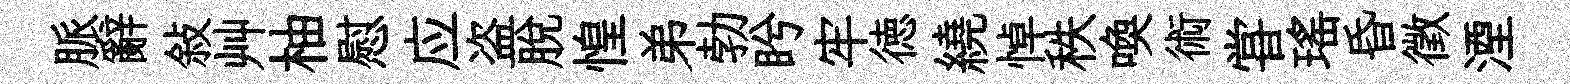
脈辭敍艸柚慰应盗脱惶弟勃盻牢徳繞悼秩喚術甞瑶昏徵湮